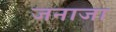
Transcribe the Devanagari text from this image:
जनाजा